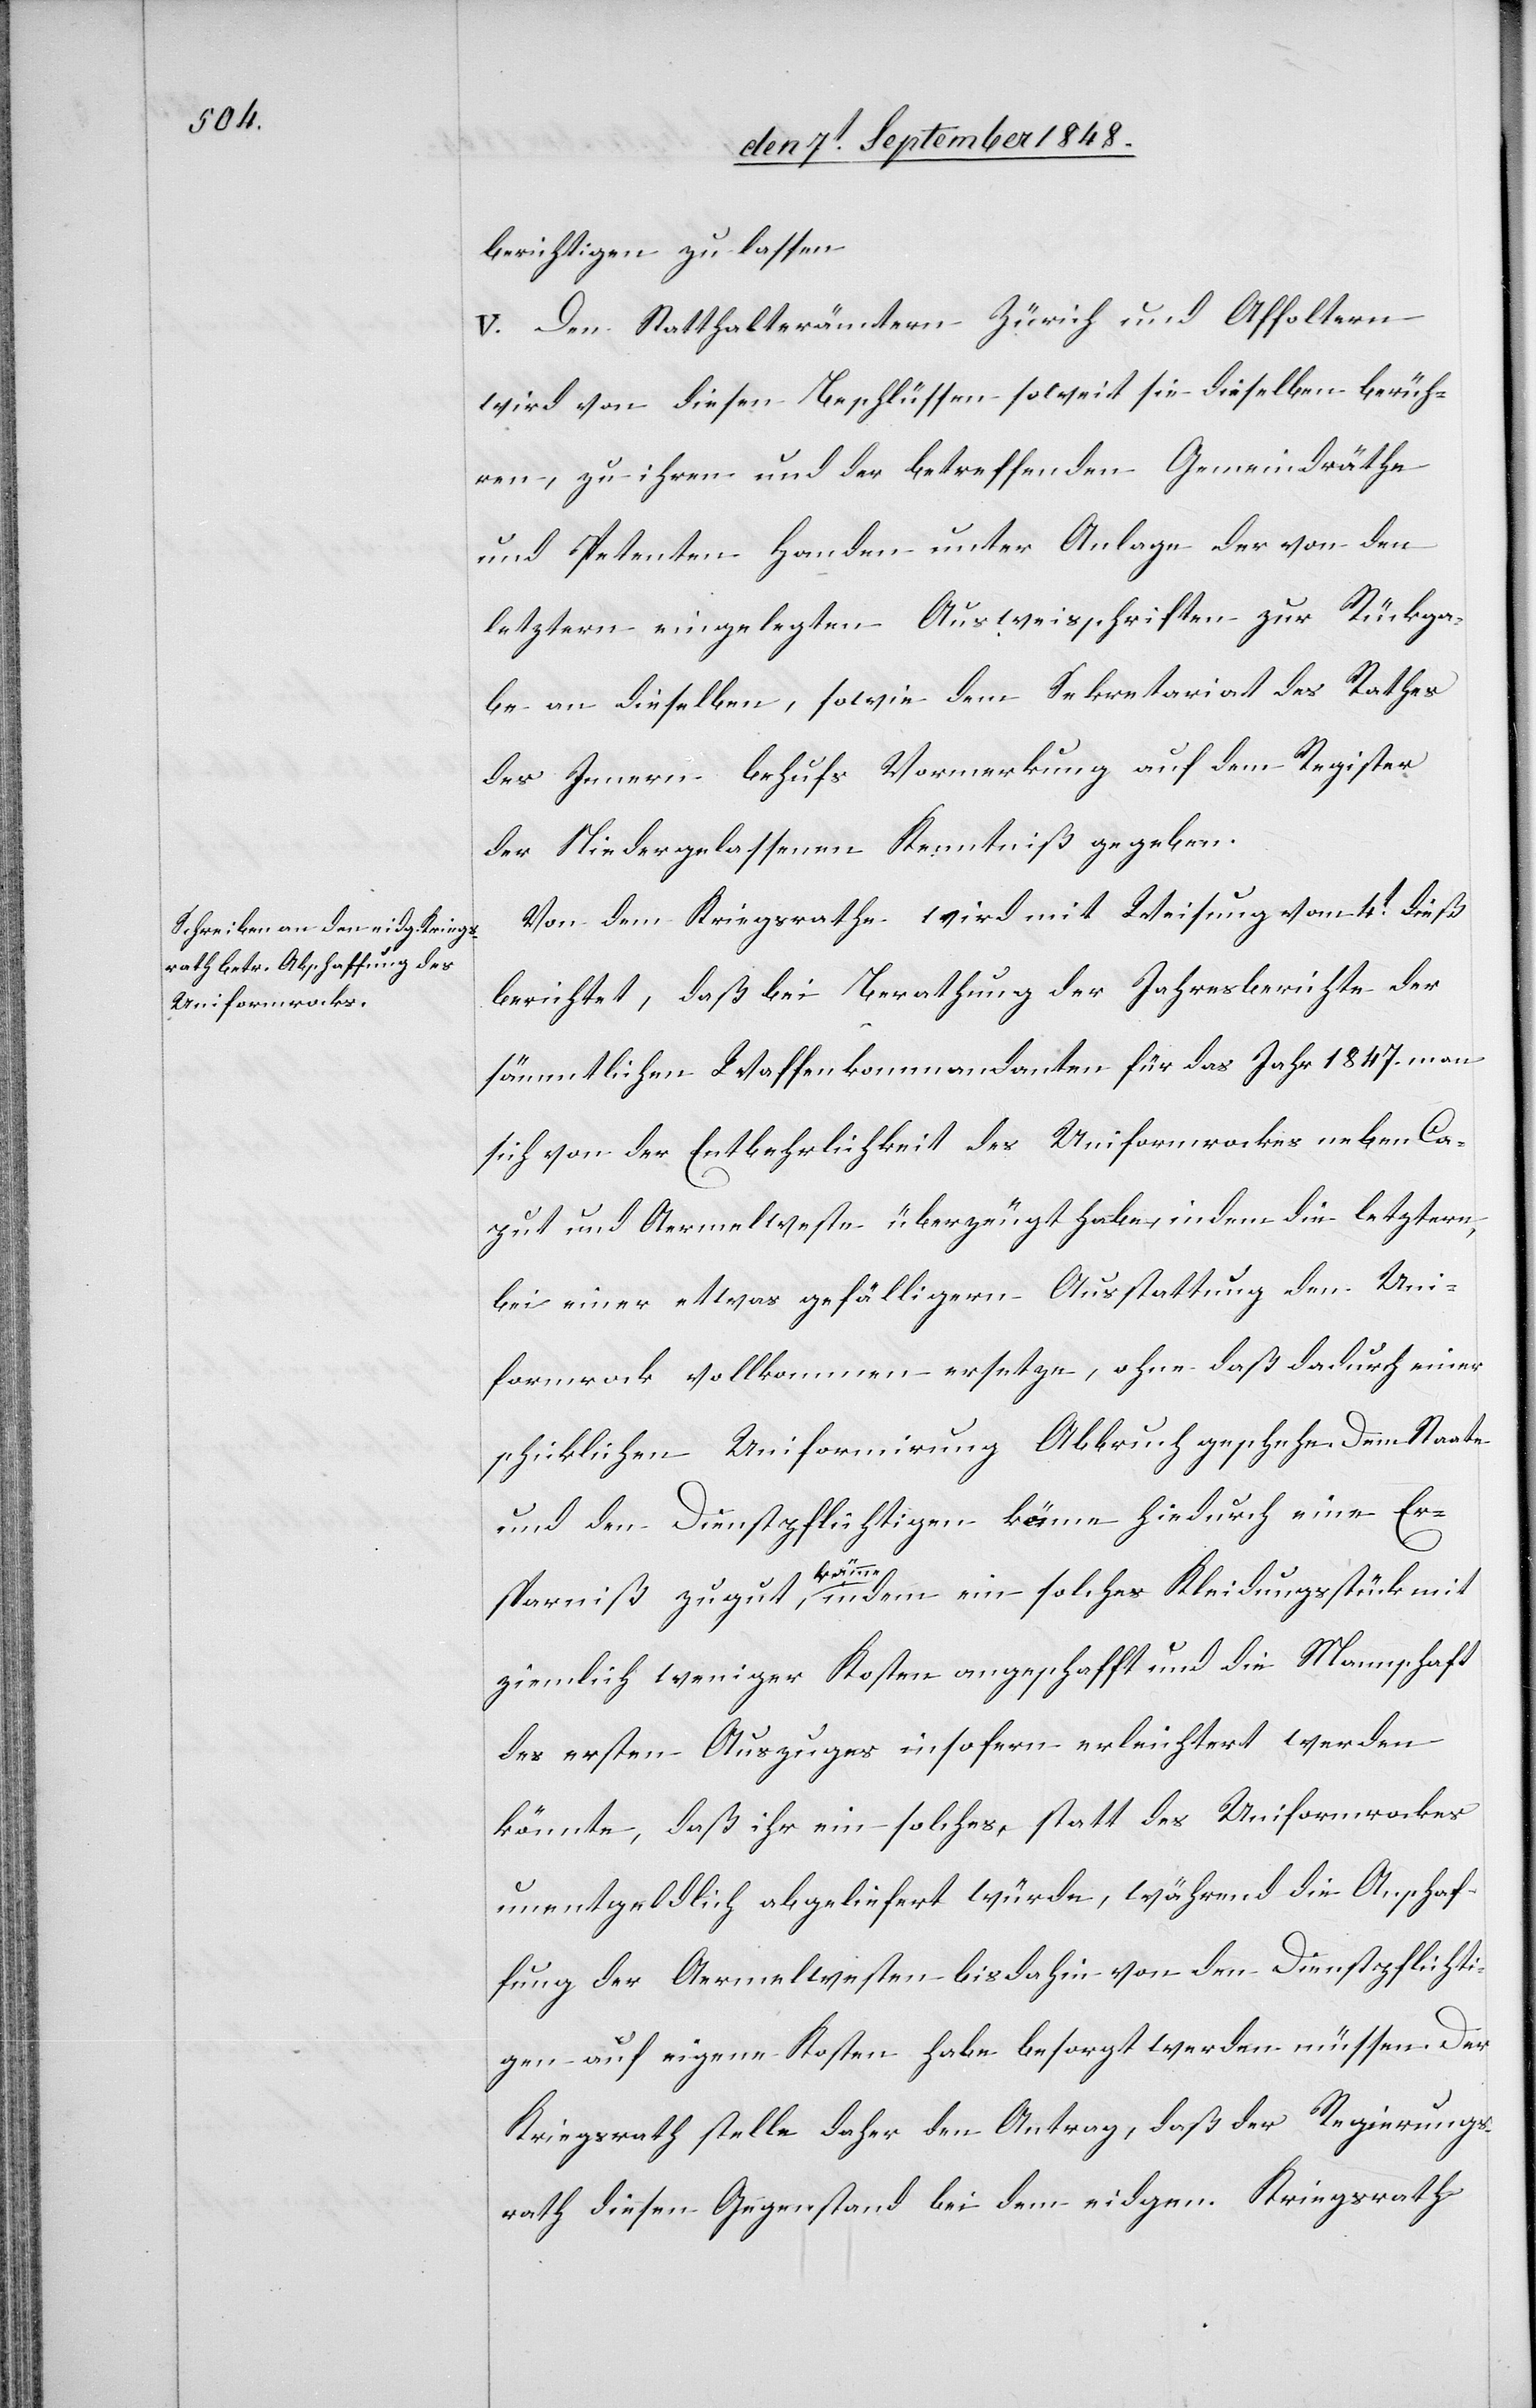
berichtigen zu lassen.
V. Den Statthalterämtern Zürich und Affoltern
wird von diesen Beschlüssen soweit sie dieselben berüh¬
ren, zu ihren und der betreffenden Gemeindräthe
und Petenten Handen unter Anlage der von den
letztern eingelegten Ausweisschriften zur Rückga¬
be an dieselben, sowie dem Sekretariat des Rathes
des Innern behufs Vormerkung auf dem Register
der Niedergelassenen Kenntniß gegeben.
Von dem Kriegsrathe wird mit Weisung vom 4t dieß
berichtet, daß bei Berathung der Jahresberichte der
sämmtlichen Waffenkommandanten für das Jahr 1847. man
sich von der Entbehrlichkeit des Uniformrockes neben Ca¬
put und Aermelweste überzeugt habe, indem die letztere,
bei einer etwas gefälligern Ausstattung den Uni¬
formrock vollkommen ersetze, ohne daß dadurch einer
schicklichen Uniformirung Abbruch geschehe. Dem Staate
und den Dienstpflichtigen käme hiedurch eine Er¬
sparniß
zugut kämme
ziemlich weniger Kosten angeschafft und die Mannschaft
des ersten Auszuges insofern erleichtert werden
könnte, daß ihr ein solches, statt des Uniformrockes
unentgeldlich abgeliefert würde, während die Anschaf¬
fung der Aermelwesten bis dahin von den Dienstpflichti¬
gen auf eigene Kosten habe besorgt werden müssen. Der
Kriegsrath stelle daher den Antrag, daß der Regierungs¬
rath diesen Gegenstand bei dem eidgen. Kriegsrath